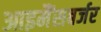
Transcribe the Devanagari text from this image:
आइमैंसबर्जर